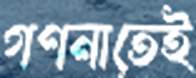
গণনাতেই